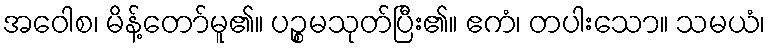
အဝေါစ၊ မိန့်တော်မူ၏။ ပဉ္စမသုတ်ပြီး၏။ ဧကံ၊ တပါးသော။ သမယံ၊